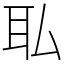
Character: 𫟉